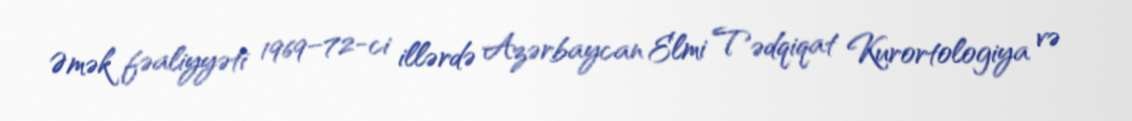
Əmək fəaliyyəti 1969–72-ci illərdə Azərbaycan Elmi Tədqiqat Kurortologiya və